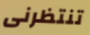
تنتظرنى